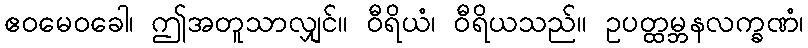
ဧဝမေဝခေါ၊ ဤအတူသာလျှင်။ ဝီရိယံ၊ ဝီရိယသည်။ ဥပတ္ထမ္ဘနလက္ခဏံ၊